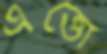
এত্তো